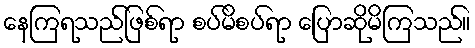
နေကြရသည်ဖြစ်ရာ စပ်မိစပ်ရာ ပြောဆိုမိကြသည်။